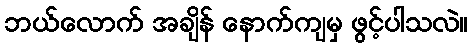
ဘယ်လောက် အချိန် နောက်ကျမှ ဖွင့်ပါသလဲ။